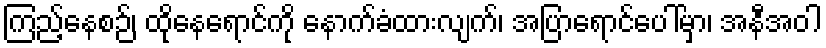
ကြည့်နေစဉ်၊ ထိုနေရောင်ကို နောက်ခံထားလျက်၊ အပြာရောင်ပေါ်မှာ၊ အနီအဝါ